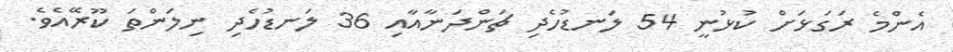
އެންމެ ރަގަޅަށް ކުޅުނީ 54 ލަނޑުހެދި ޗަންދަނާއާއި 36 ލަނޑުހެދި ނިލަންތަ ކޫރޭއެވެ.